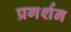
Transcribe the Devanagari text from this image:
प्रगर्शन